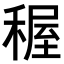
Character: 𥟽